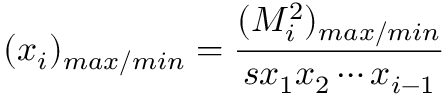
( x _ { i } ) _ { m a x / m i n } = \frac { ( M _ { i } ^ { 2 } ) _ { m a x / m i n } } { s x _ { 1 } x _ { 2 } \cdots x _ { i - 1 } }